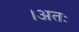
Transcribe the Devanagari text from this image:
।अतः